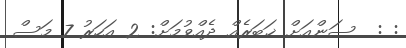
: :  ސަންއަށް ޚަބަރެއް ދެއްވުމަށް: 2 އަހަރު 7 މަސް